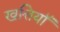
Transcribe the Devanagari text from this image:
खत्तियॉं